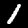
Digit: 1